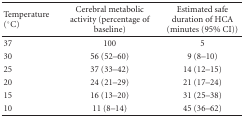
<table><thead><tr><td><b>Temperature (°C)</b></td><td><b>Cerebral metabolic activity (percentage of baseline)</b></td><td><b>Estimated safe duration of HCA (minutes (95% CI))</b></td></tr></thead><tbody><tr><td>37</td><td>100</td><td>5</td></tr><tr><td>30</td><td>56 (52–60)</td><td>9 (8–10)</td></tr><tr><td>25</td><td>37 (33–42)</td><td>14 (12–15)</td></tr><tr><td>20</td><td>24 (21–29)</td><td>21 (17–24)</td></tr><tr><td>15</td><td>16 (13–20)</td><td>31 (25–38)</td></tr><tr><td>10</td><td>11 (8–14)</td><td>45 (36–62)</td></tr></tbody></table>